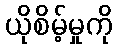
ယိုစိမ့်မှုကို